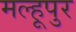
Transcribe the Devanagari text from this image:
मल्हूपुर